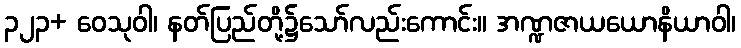
၃၂၃+ ဝေသုဝါ၊ နတ်ပြည်တို့၌သော်လည်းကောင်း။ အဏ္ဍဇာယယောနိယာဝါ၊